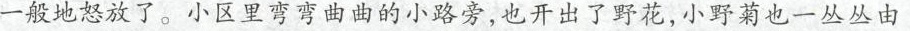
一般地怒放了。小区里弯弯曲曲的小路旁，也开出了野花，小野菊也一丛丛由